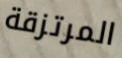
المرتزقة